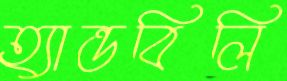
হ্যান্ডবিলি